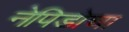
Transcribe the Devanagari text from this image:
नेपिडोचा